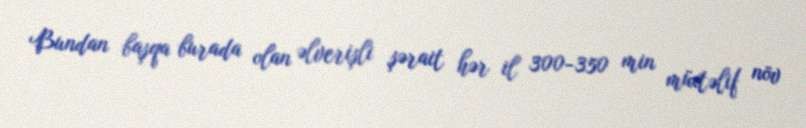
Bundan başqa burada olan əlverişli şərait hər il 300-350 min müxtəlif növ